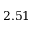
2 . 5 1